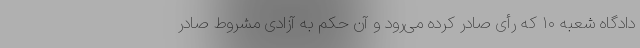
دادگاه شعبه ۱۰ که رأی صادر کرده می‌رود و آن حکم به آزادی مشروط صادر